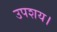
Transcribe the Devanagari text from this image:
उपशय।